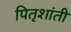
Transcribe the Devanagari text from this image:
पितृशांती